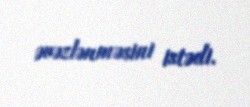
əvəzlənməsini istədi.